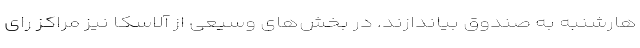
هارشنبه به صندوق بیاندازند. در بخش‌های وسیعی از آلاسکا نیز مراکز رای